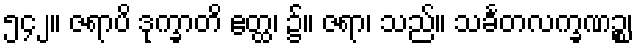
၅၄၂။ ဇရာပိ ဒုက္ခာတိ ဧတ္ထ၊ ၌။ ဇရာ၊ သည်။ သင်္ခတလက္ခဏဉ္စ၊